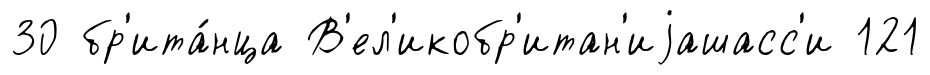
30 бр'ита́нца В'ел'икобр'итан'иjашасс'и 121